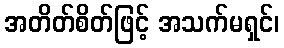
အတိတ်စိတ်ဖြင့် အသက်မရှင်၊